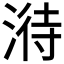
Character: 𣹘